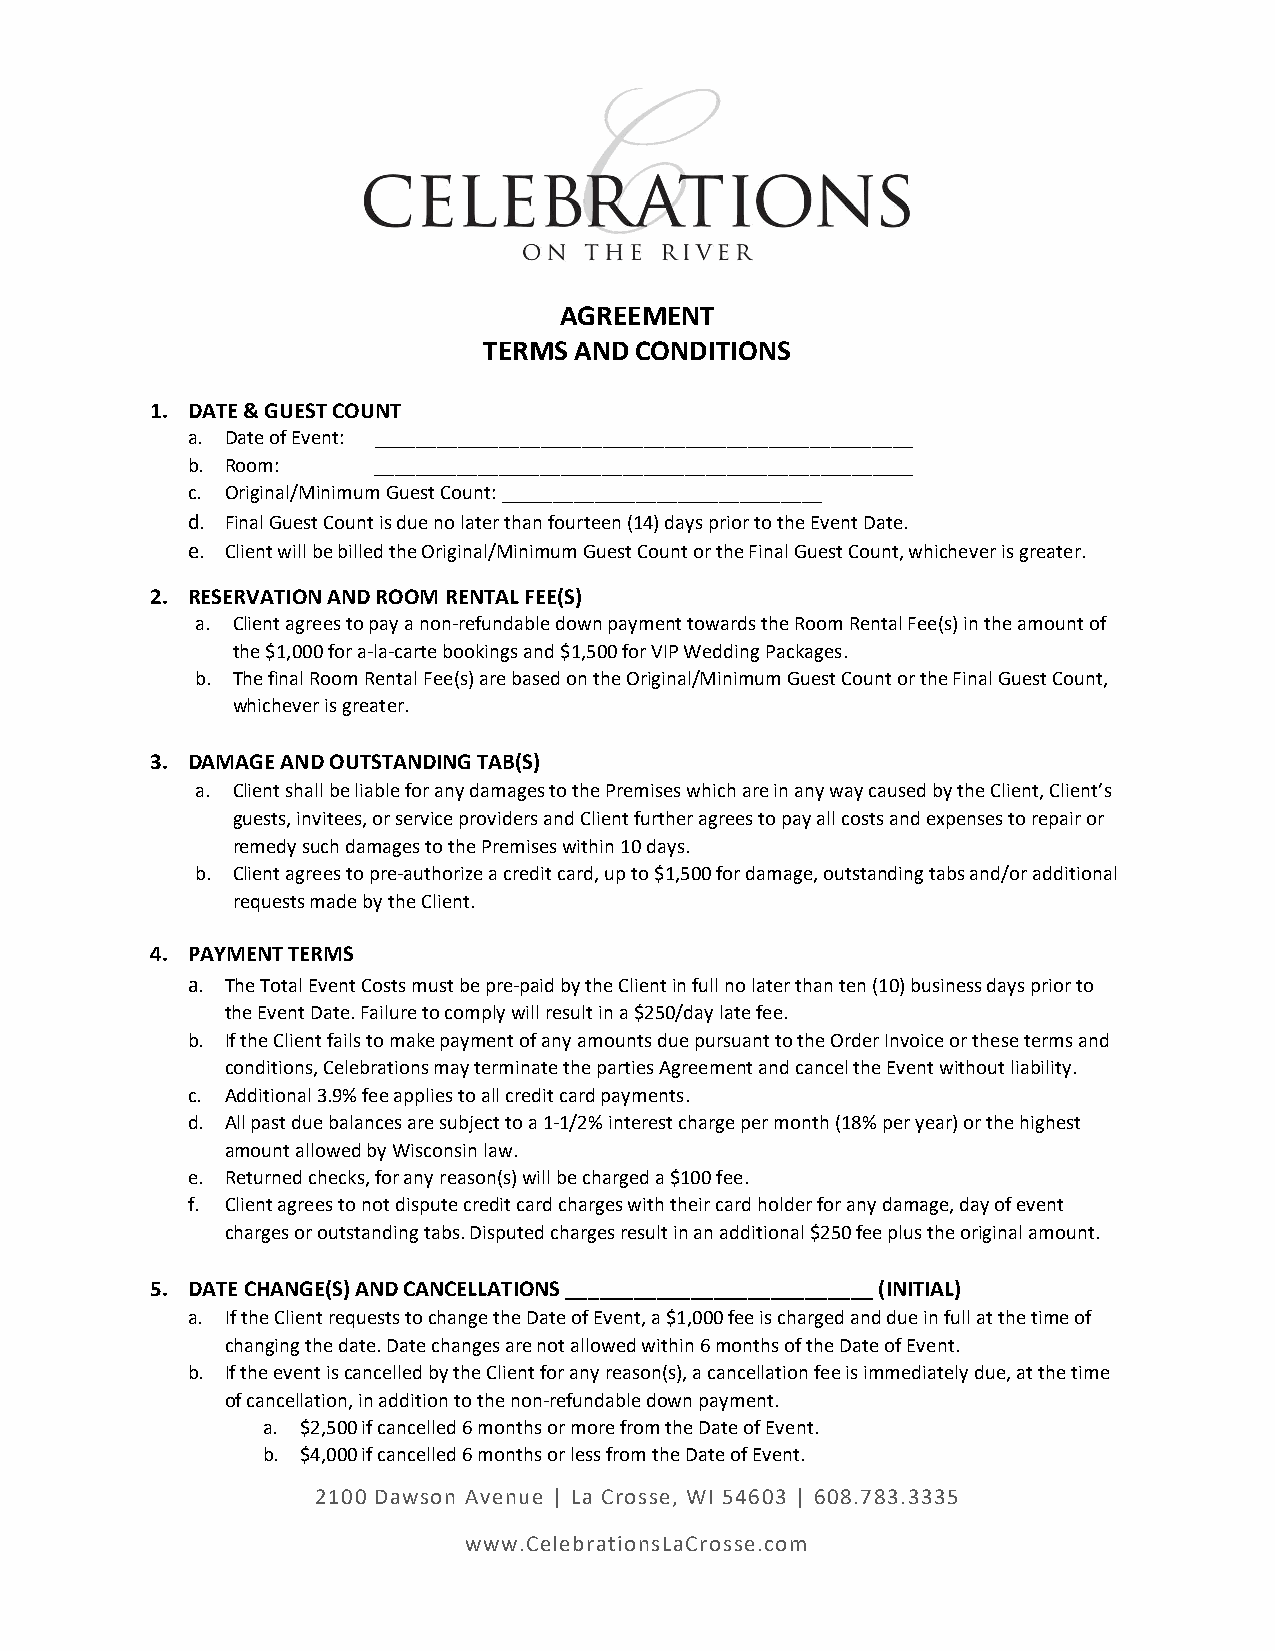
AGREEMENT
 TERMS AND CONDITIONS
 1. DATE & GUEST COUNT
 a. Date of Event: ____________________________________________________
 b. Room:     ____________________________________________________
 c. Original/Minimum Guest Count: _______________________________
 d. Final Guest Count is due no later than fourteen (14) days prior to the Event Date.
 e. Client will be billed the Original/Minimum Guest Count or the Final Guest Count, whichever is greater.
 2. RESERVATION AND ROOM RENTAL FEE(S)
 a. Client agrees to pay a non-refundable down payment towards the Room Rental Fee(s) in the amount of
 the $1,000 for a-la-carte bookings and $1,500 for VIP Wedding Packages.
 b. The final Room Rental Fee(s) are based on the Original/Minimum Guest Count or the Final Guest Count,
 whichever is greater.
 3. DAMAGE AND OUTSTANDING TAB(S)
 a. Client shall be liable for any damages to the Premises which are in any way caused by the Client, Client’s
 guests, invitees, or service providers and Client further agrees to pay all costs and expenses to repair or
 remedy such damages to the Premises within 10 days.
 b. Client agrees to pre-authorize a credit card, up to $1,500 for damage, outstanding tabs and/or additional
 requests made by the Client.
 4. PAYMENT TERMS
 a. The Total Event Costs must be pre-paid by the Client in full no later than ten (10) business days prior to
 the Event Date. Failure to comply will result in a $250/day late fee.
 b. If the Client fails to make payment of any amounts due pursuant to the Order Invoice or these terms and
 conditions, Celebrations may terminate the parties Agreement and cancel the Event without liability.
 c. Additional 3.9% fee applies to all credit card payments.
 d. All past due balances are subject to a 1-1/2% interest charge per month (18% per year) or the highest
 amount allowed by Wisconsin law.
 e. Returned checks, for any reason(s) will be charged a $100 fee.
 f. Client agrees to not dispute credit card charges with their card holder for any damage, day of event
 charges or outstanding tabs. Disputed charges result in an additional $250 fee plus the original amount.
 5. DATE CHANGE(S) AND CANCELLATIONS ___________________________ (INITIAL)
 a. If the Client requests to change the Date of Event, a $1,000 fee is charged and due in full at the time of
 changing the date. Date changes are not allowed within 6 months of the Date of Event.
 b. If the event is cancelled by the Client for any reason(s), a cancellation fee is immediately due, at the time
 of cancellation, in addition to the non-refundable down payment.
 a. $2,500 if cancelled 6 months or more from the Date of Event.
 b. $4,000 if cancelled 6 months or less from the Date of Event.
 2100 Dawson Avenue | La Crosse, WI 54603 | 608.783.3335
 www.CelebrationsLaCrosse.com